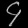
Digit: ၄